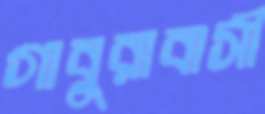
গাবুরাবাসী